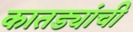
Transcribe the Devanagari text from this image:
कातड्यांची